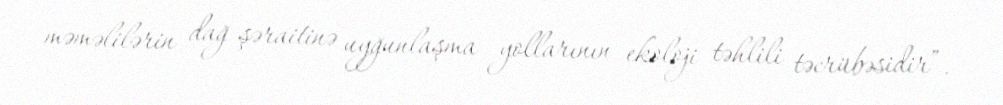
məməlilərin dağ şəraitinə uyğunlaşma yollarının ekoloji təhlili təcrübəsidir”.